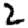
Digit: 2